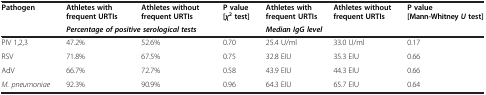
| <ROWSPAN=2> Pathogen | Athletes with frequent URTIs | Athletes without frequent URTIs | <ROWSPAN=2> P value [χ2 test] | Athletes with frequent URTIs | Athletes without frequent URTIs | <ROWSPAN=2> P value [Mann-Whitney U test] |
 | <COLSPAN=2> Percentage of positive serological tests | <COLSPAN=2> Median IgG level |
 | --- | --- | --- | --- | --- | --- | --- |
 | PIV 1,2,3 | 47.2% | 52.6% | 0.70 | 25.4 U/ml | 33.0 U/ml | 0.17 |
 | RSV | 71.8% | 67.5% | 0.75 | 32.8 EIU | 35.3 EIU | 0.66 |
 | AdV | 66.7% | 72.7% | 0.58 | 43.9 EIU | 44.3 EIU | 0.66 |
 | M. pneumoniae | 92.3% | 90.9% | 0.96 | 64.3 EIU | 65.7 EIU | 0.64 |